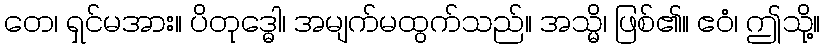
တေ၊ ရှင်မအား။ ပိတုဒ္ဓေါ၊ အမျက်မထွက်သည်။ အသ္မိ၊ ဖြစ်၏။ ဧဝံ၊ ဤသို့။